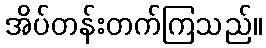
အိပ်တန်းတက်ကြသည်။